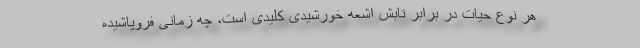
هر نوع حیات در برابر تابش اشعه خورشیدی کلیدی است، چه زمانی فروپاشیده